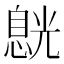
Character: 𠒸